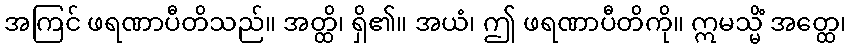
အကြင် ဖရဏာပီတိသည်။ အတ္ထိ၊ ရှိ၏။ အယံ၊ ဤ ဖရဏာပီတိကို။ ဣမသ္မိံ အတ္ထေ၊